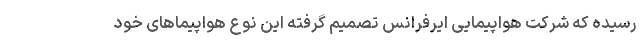
رسیده که شرکت هواپیمایی ایرفرانس تصمیم گرفته این نوع هواپیماهای خود